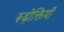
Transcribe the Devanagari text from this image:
रूढ़ोक्तियों